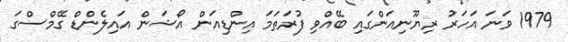
1979 ވަނަ އަހަރު ރިޔޫނިއަންގައި ބޭއްވި ފުރަތަމަ އިންޑިއަން އޯޝަން އައިލެންޑް ގޭމްސްގަ